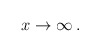
\begin{align*}x\rightarrow \infty \,. \end{align*}